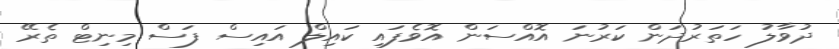
ދުވާލު ހަތަރުދަން ކަރުނަ އޮއްސަން އޮވެފައި ކައިލް އައިސް ފަސް މިނިޓް ތެރޭ